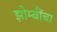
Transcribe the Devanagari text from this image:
झोम्बींचा